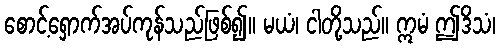
စောင့်ရှောက်အပ်ကုန်သည်ဖြစ်၍။ မယံ၊ ငါတို့သည်။ ဣမံ ဤဒိသံ၊